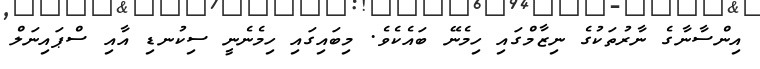
އިންސާނާގެ ނާރުތަކުގެ ނިޒާމްގައި ހިމެނޭ ބައެކެވެ. މިބައިގައި ހިމެނެނީ ސިކުނޑި އާއި ސްޕައިނަލް